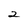
Character: 2